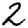
Digit: 2